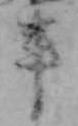
年